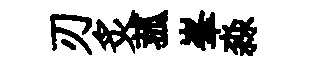
刃炙菰峯淼